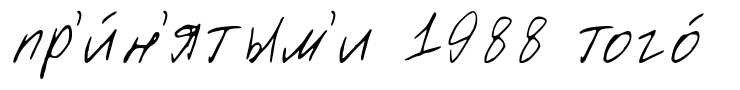
пр'и́н'ятым'и 1988 того́